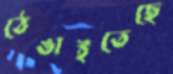
ঠেঙাইতেছে